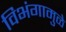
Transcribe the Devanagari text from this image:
विभंगामुळे